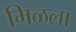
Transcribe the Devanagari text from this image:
मिळला